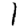
Digit: 1